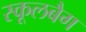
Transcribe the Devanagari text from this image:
स्कूलबैग